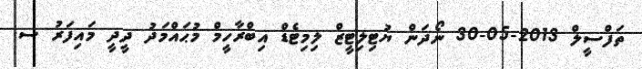
ތަފްސީލް 2013-05-30 ނޯދަން ޔުޓިލިޓީޒް ލިމިޓެޑް އިބްރާހީމް މުޙައްމަދު ދީދީ މައިފަރު ސ.